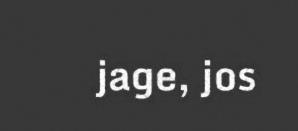
jage, jos